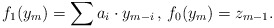
\begin{align*} f_1(y_{m}) = \sum a_{i} \cdot y_{m-i} \, , \, f_0(y_{m}) = z_{m-1}. \end{align*}